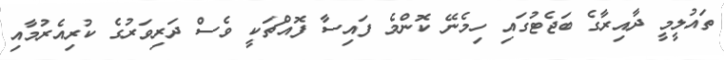
ތައުލީމީ ދާއިރާގެ ބަޖެޓުގައި ހިމެނޭ ކޮންމެ ފައިސާ ފޮއްޗަކީ ވެސް ދަރިވަރުގެ ކުރިއެރުމާއި